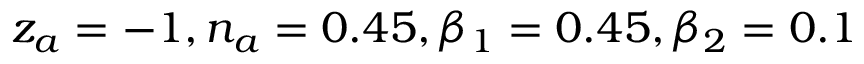
z _ { a } = - 1 , n _ { a } = 0 . 4 5 , \beta _ { 1 } = 0 . 4 5 , \beta _ { 2 } = 0 . 1